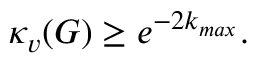
\kappa _ { v } ( G ) \geq e ^ { - 2 k _ { m a x } } .